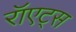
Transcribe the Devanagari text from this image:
रॉएट्स